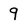
Character: 9